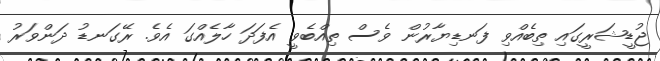
ޖުޑީޝަރީގައި ތިބެއްވި ފަނޑިޔާރުން ވެސް ތިއްބެވީ އެފަދަ ހާލެއްގަ އެވެ. ރޭގަނޑު ދަންވަރު